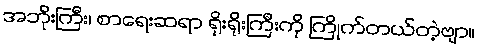
အဘိုးကြီး၊ စာရေးဆရာ ရိုးရိုးကြီးကို ကြိုက်တယ်တဲ့ဗျာ။